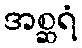
အစ္ဆရံ